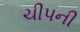
ચીપની